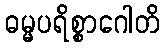
ဓမ္မပရိစ္စာဂေါတိ